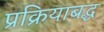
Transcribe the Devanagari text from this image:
प्रक्रियाबद्ध